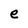
Character: e